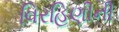
વિરહિણીની